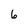
Character: 6